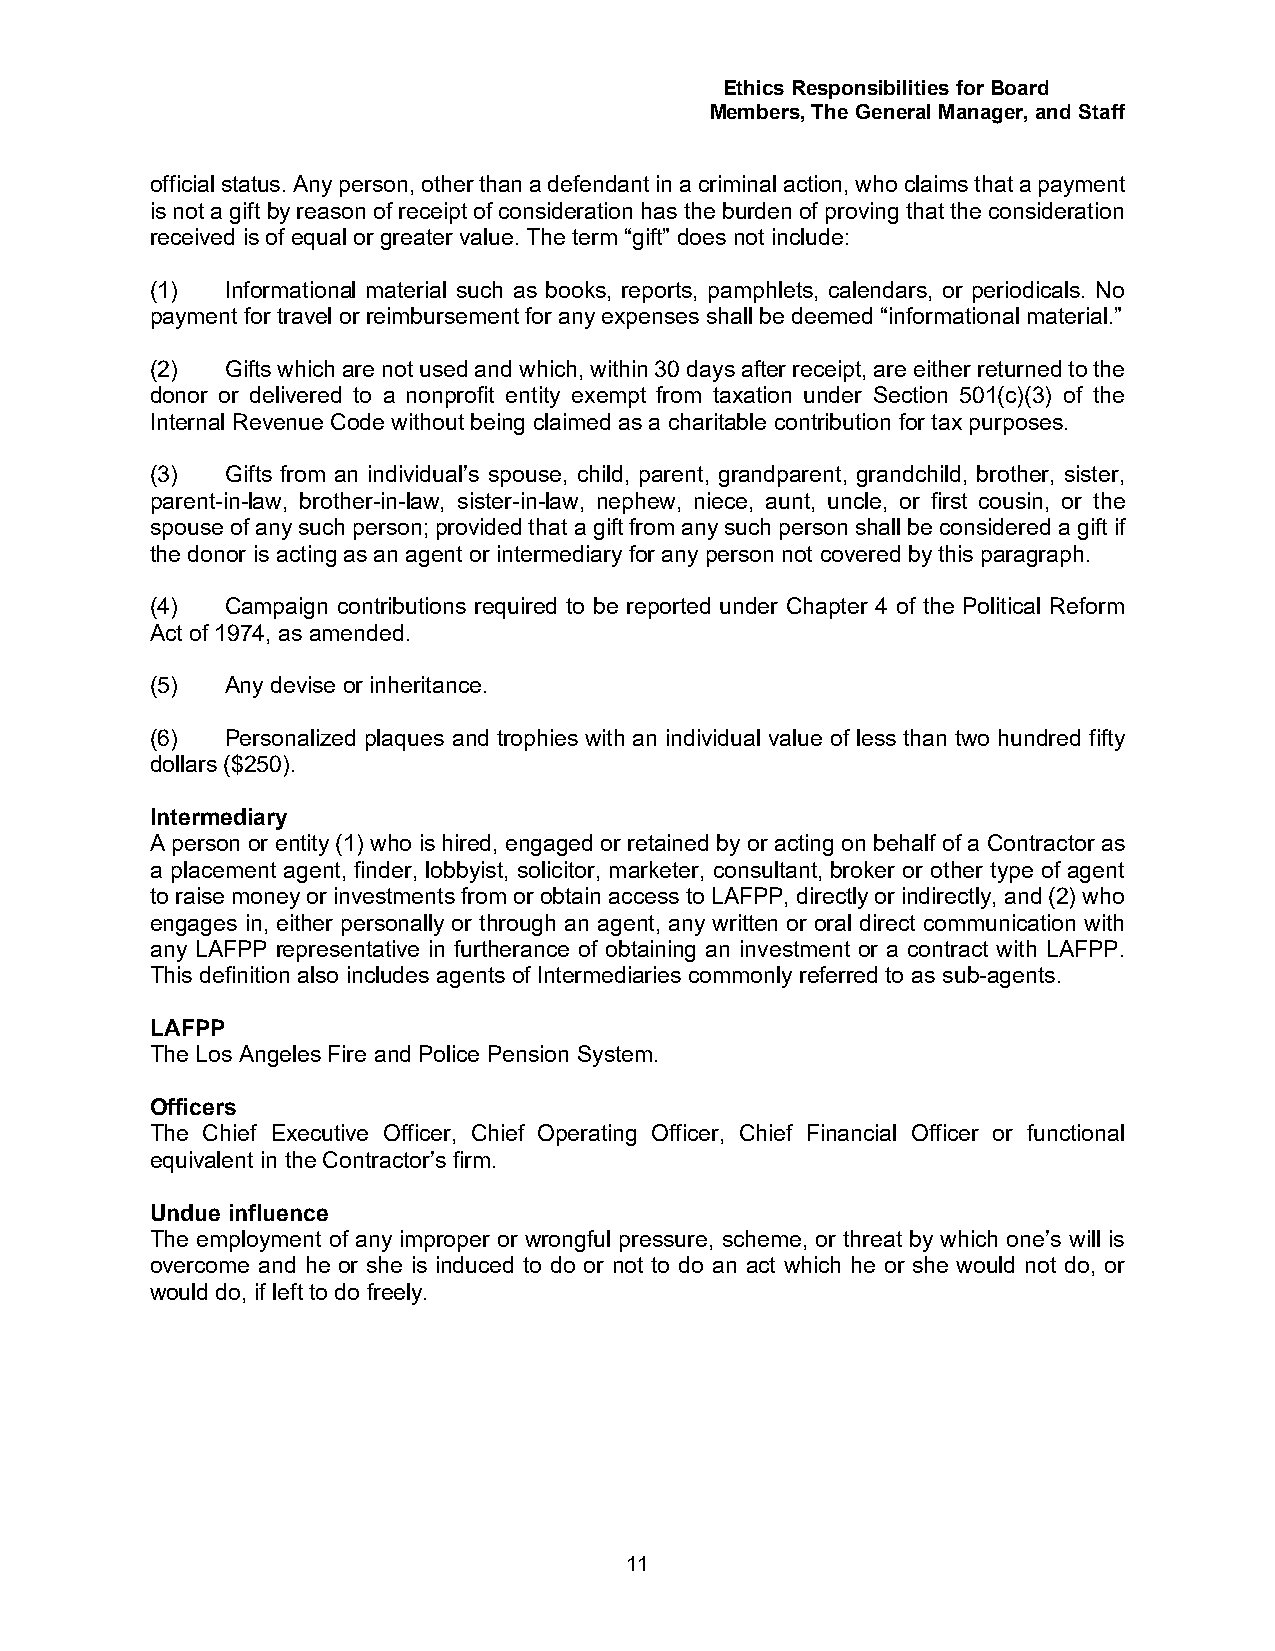
Ethics Responsibilities for Board
 Members, The General Manager, and Staff
 official status. Any person, other than a defendant in a criminal action, who claims that a payment
 is not a gift by reason of receipt of consideration has the burden of proving that the consideration
 received is of equal or greater value. The term “gift” does not include:
 (1)  Informational material such as books, reports, pamphlets, calendars, or periodicals. No
 payment for travel or reimbursement for any expenses shall be deemed “informational material.”
 (2)  Gifts which are not used and which, within 30 days after receipt, are either returned to the
 donor or delivered to a nonprofit entity exempt from taxation under Section 501(c)(3) of the
 Internal Revenue Code without being claimed as a charitable contribution for tax purposes.
 (3)  Gifts from an individual’s spouse, child, parent, grandparent, grandchild, brother, sister,
 parent-in-law, brother-in-law, sister-in-law, nephew, niece, aunt, uncle, or first cousin, or the
 spouse of any such person; provided that a gift from any such person shall be considered a gift if
 the donor is acting as an agent or intermediary for any person not covered by this paragraph.
 (4)  Campaign contributions required to be reported under Chapter 4 of the Political Reform
 Act of 1974, as amended.
 (5)  Any devise or inheritance.
 (6)  Personalized plaques and trophies with an individual value of less than two hundred fifty
 dollars ($250).
 Intermediary
 A person or entity (1) who is hired, engaged or retained by or acting on behalf of a Contractor as
 a placement agent, finder, lobbyist, solicitor, marketer, consultant, broker or other type of agent
 to raise money or investments from or obtain access to LAFPP, directly or indirectly, and (2) who
 engages in, either personally or through an agent, any written or oral direct communication with
 any LAFPP representative in furtherance of obtaining an investment or a contract with LAFPP.
 This definition also includes agents of Intermediaries commonly referred to as sub-agents.
 LAFPP
 The Los Angeles Fire and Police Pension System.
 Officers
 The Chief Executive Officer, Chief Operating Officer, Chief Financial Officer or functional
 equivalent in the Contractor’s firm.
 Undue influence
 The employment of any improper or wrongful pressure, scheme, or threat by which one’s will is
 overcome and he or she is induced to do or not to do an act which he or she would not do, or
 would do, if left to do freely.
 11